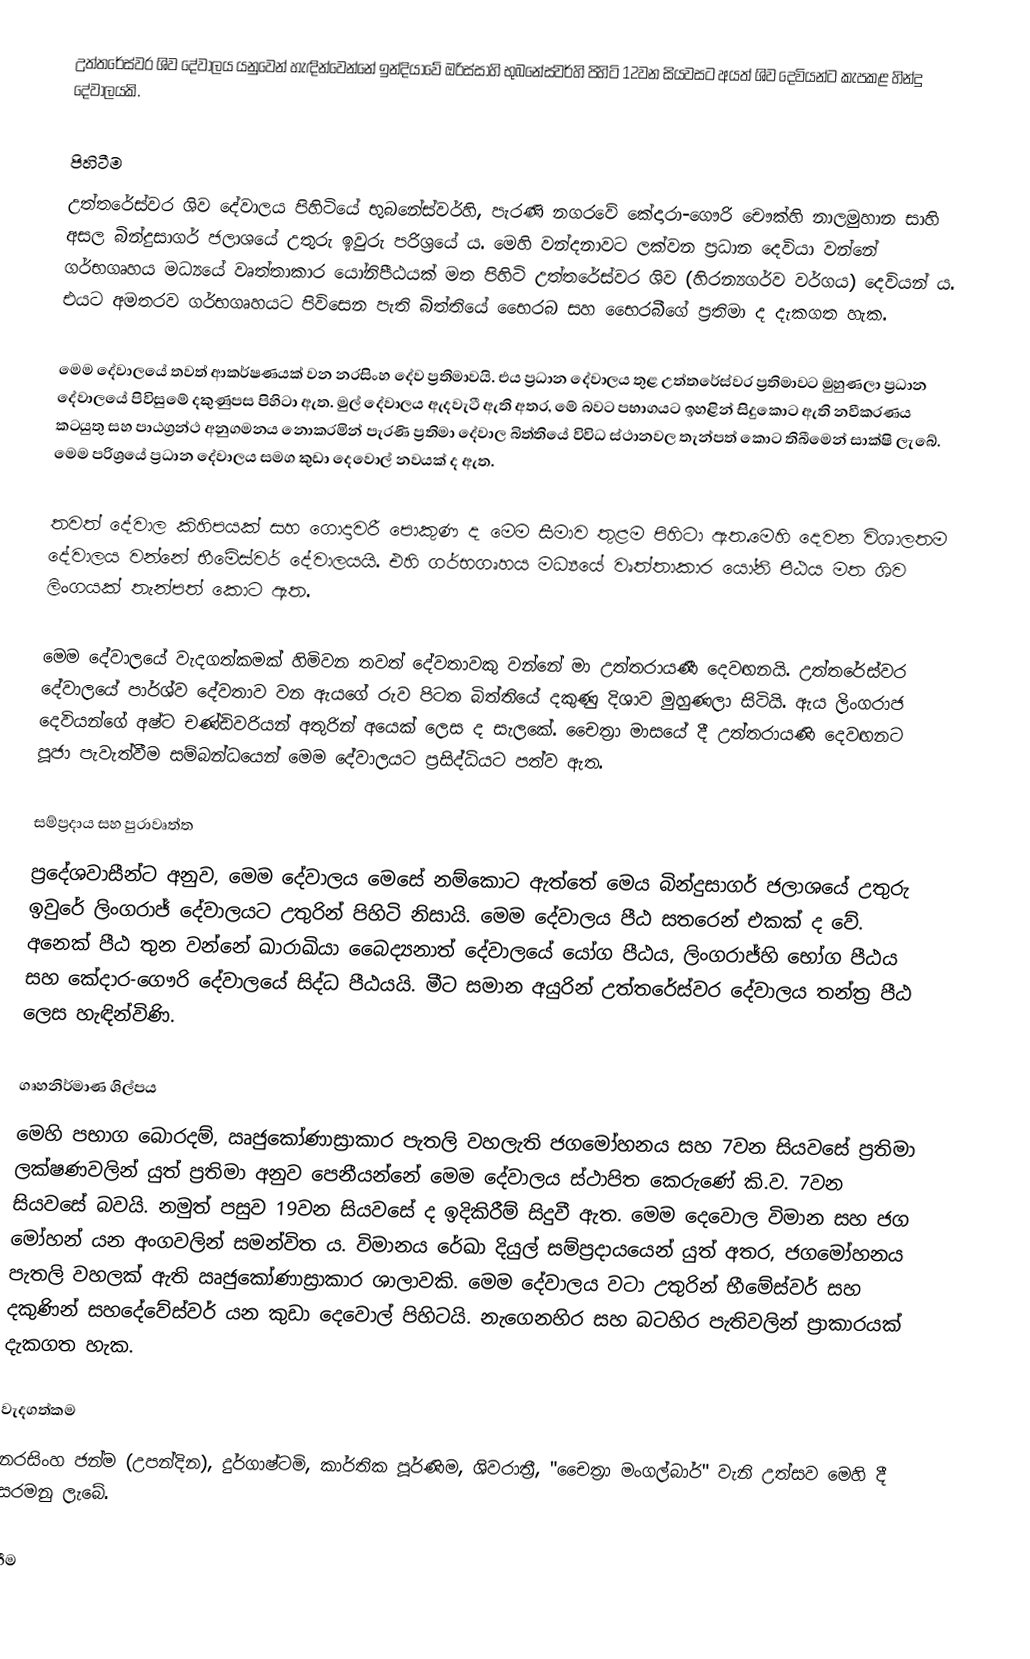
උත්තරේස්වර ශිව දේවාලය යනුවෙන් හැඳින්වෙන්නේ ඉන්දියාවේ ඔරිස්සාහි භුබනේස්වර්හි පිහිටි 12වන සියවසට අයත් ශිව දෙවියන්ට කැපකළ හින්දු දේවාලයකි.

පිහිටීම
උත්තරේස්වර ශිව දේවාලය පිහිටියේ භුබනේස්වර්හි, පැරණි නගරවේ කේදාරා-ගෞරි චෞක්හි නාලමුහාන සාහි අසල බින්දුසාගර් ජලාශයේ උතුරු ඉවුරු පරිශ්‍රයේ ය. මෙහි වන්දනාවට ලක්වන ප්‍රධාන දෙවියා වන්නේ ගර්භගෘහය මධ්‍යයේ වෘත්තාකාර යෝනිපීඨයක් මත පිහිටි උත්තරේස්වර ශිව (හිරන්‍යගර්ව වර්ගය) දෙවියන් ය. එයට අමතරව ගර්භගෘහයට පිවිසෙන පැති බිත්තියේ භෛරබ සහ භෛරබීගේ ප්‍රතිමා ද දැකගත හැක.

මෙම දේවාලයේ තවත් ආකර්ෂණයක් වන නරසිංහ දේව ප්‍රතිමාවයි. එය ප්‍රධාන දේවාලය තුළ උත්තරේස්වර ප්‍රතිමාවට මුහුණලා ප්‍රධාන දේවාලයේ පිවිසුමේ දකුණුපස පිහිටා ඇත. මුල් දේවාලය ඇදවැටී ඇති අතර, මේ බවට පභාගයට ඉහළින් සිදුකොට ඇති නවීකරණය කටයුතු සහ පාඨග්‍රන්ථ අනුගමනය නොකරමින් පැරණි ප්‍රතිමා දේවාල බිත්තියේ විවිධ ස්ථානවල තැන්පත් කොට තිබීමෙන් සාක්ෂි ලැබේ. මෙම පරිශ්‍රයේ ප්‍රධාන දේවාලය සමග කුඩා දෙවොල් නවයක් ද ඇත.

තවත් දේවාල කිහිපයක් සහ ගොදාවරී පොකුණ ද මෙම සීමාව තුළම පිහිටා ඇත.මෙහි දෙවන විශාලතම දේවාලය වන්නේ භීමේස්වර් දේවාලයයි. එහි ගර්භගෘහය මධ්‍යයේ වෘත්තාකාර යෝනි පීඨය මත ශිව ලිංගයක් තැන්පත් කොට ඇත.

මෙම දේවාලයේ වැදගත්කමක් හිමිවන තවත් දේවතාවකු වන්නේ මා උත්තරායණී දෙවඟනයි. උත්තරේස්වර දේවාලයේ පාර්ශ්ව දේවතාව වන ඇයගේ රුව පිටත බිත්තියේ දකුණු දිශාව මුහුණලා සිටියි. ඇය ලිංගරාජ දෙවියන්ගේ අෂ්ට චණ්ඩිවරියන් අතුරින් අයෙක් ලෙස ද සැලකේ. චෛත්‍රා මාසයේ දී උත්තරායණි දෙවඟනට පූජා පැවැත්වීම සම්බන්ධයෙන් මෙම දේවාලයට ප්‍රසිද්ධියට පත්ව ඇත.

සම්ප්‍රදාය සහ පුරාවෘත්ත
ප්‍රදේශවාසීන්ට අනුව, මෙම දේවාලය මෙසේ නම්කොට ඇත්තේ මෙය බින්දුසාගර් ජලාශයේ උතුරු ඉවුරේ ලිංගරාජ් දේවාලයට උතුරින් පිහිටි නිසායි. මෙම දේවාලය පීඨ සතරෙන් එකක් ද වේ. අනෙක් පීඨ තුන වන්නේ ඛාරාඛියා බෛද්‍යනාත් දේවාලයේ යෝග පීඨය, ලිංගරාජ්හි භෝග පීඨය සහ කේදාර-ගෞරි දේවාලයේ සිද්ධ පීඨයයි. මීට සමාන අයුරින් උත්තරේස්වර දේවාලය තන්ත්‍ර පීඨ ලෙස හැඳින්විණි.

ගෘහනිර්මාණ ශිල්පය
මෙහි පභාග බොරදම්, ඍජුකෝණාස්‍රාකාර පැතලි වහලැති ජගමෝහනය සහ 7වන සියවසේ ප්‍රතිමා ලක්ෂණවලින් යුත් ප්‍රතිමා අනුව පෙනීයන්නේ මෙම දේවාලය ස්ථාපිත කෙරුණේ කි.ව. 7වන සියවසේ බවයි. නමුත් පසුව 19වන සියවසේ ද ඉදිකිරීම් සිදුවී ඇත. මෙම දෙවොල විමාන සහ ජග මෝහන් යන අංගවලින් සමන්විත ය. විමානය රේඛා දියුල් සම්ප්‍රදායයෙන් යුත් අතර, ජගමෝහනය පැතලි වහලක් ඇති ඍජුකෝණාස්‍රාකාර ශාලාවකි. මෙම දේවාලය වටා උතුරින් භීමේස්වර් සහ දකුණින් සහදේවේස්වර් යන කුඩා දෙවොල් පිහිටයි. නැගෙනහිර සහ බටහිර පැතිවලින් ප්‍රාකාරයක් දැකගත හැක.

වැදගත්කම
නරසිංහ ජන්ම (උපන්දින), දුර්ගාෂ්ටමි, කාර්තික පූර්ණිම, ශිවරාත්‍රී, "චෛත්‍රා මංගල්බාර්" වැනි උත්සව මෙහි දී සරමනු ලැබේ.

භීම